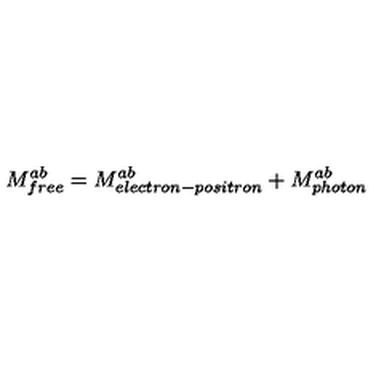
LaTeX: M _ { f r e e } ^ { a b } = M _ { e l e c t r o n - p o s i t r o n } ^ { a b } + M _ { p h o t o n } ^ { a b }